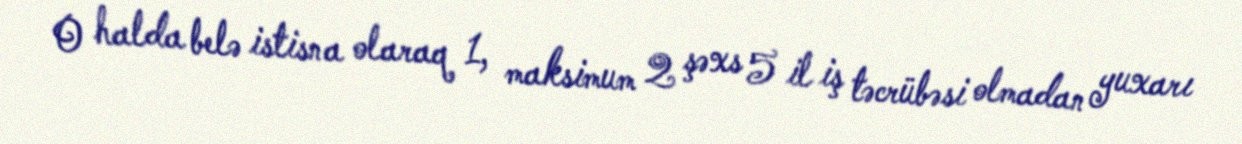
O halda belə istisna olaraq 1, maksimum 2 şəxs 5 il iş təcrübəsi olmadan yuxarı